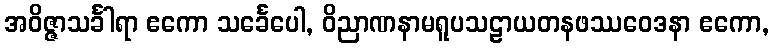
အဝိဇ္ဇာသင်္ခါရာ ဧကော သင်္ခေပေါ, ဝိညာဏနာမရူပသဠာယတနဖဿဝေဒနာ ဧကော,